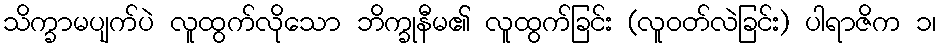
သိက္ခာမပျက်ပဲ လူထွက်လိုသော ဘိက္ခုနီမ၏ လူထွက်ခြင်း (လူဝတ်လဲခြင်း) ပါရာဇိက ၁၊